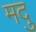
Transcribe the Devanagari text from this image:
मदु